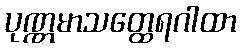
ပုဏ္ဏမာသတ္ထေရဂါထာ